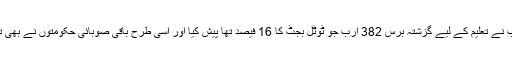
20 کی صوبائی بجٹ کو دیکھیں تو پنجاب نے تعلیم کے لیے گزشتہ برس 382 ارب جو ٹوٹل بجٹ کا 16 فیصد تھا پیش کیا اور اسی طرح باقی صوبائی حکومتوں نے بھی تعلیم کے لیے خاصی رقم مختص کی تھی۔